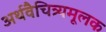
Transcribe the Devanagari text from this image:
अर्थवैचित्र्यमूलक